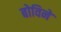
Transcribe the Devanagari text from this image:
बोविने